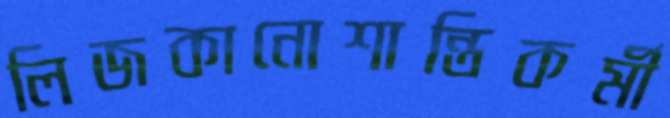
লিজকানোশান্তিকর্মী